Medical and sanitary report of the native army of Bengal for the year
Year: 1875
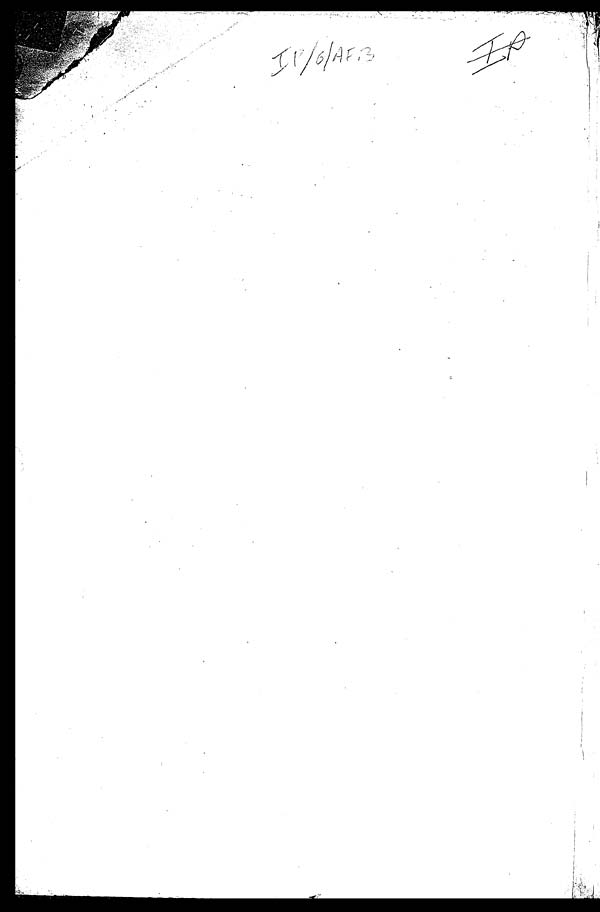
IP/6/AF.3
I P